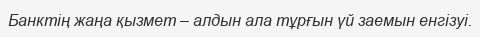
Банктің жаңа қызмет – алдын ала тұрғын үй заемын енгізуі.